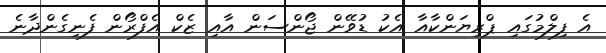
އެ ފިލްމުގައި ޕްރިޔަންކާއާ އެކު ޑުވޭން ޖޯންސަން އާއި ޒެކް އެފްރޯން ފެނިގެންދާނެ